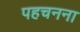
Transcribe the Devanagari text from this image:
पहचनना